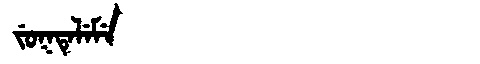
Manchu: ᠵᡠᡴᡨᡝᠯᡝᠮᡝ
Romanization: JUKTELEME